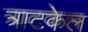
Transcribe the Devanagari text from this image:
त्राटकेल